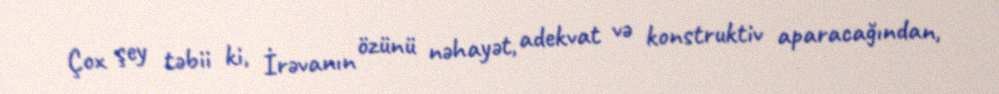
Çox şey təbii ki, İrəvanın özünü nəhayət, adekvat və konstruktiv aparacağından,